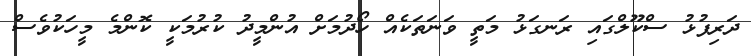
ދަރިފުޅު ސްކޫލްގައި ރަނގަޅު މަތީ ވަނަތަކެއް ހޯދުމަށް އުންމީދު ކުރުމަކީ ކޮންމެ މީހަކުވެސް